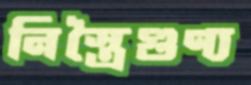
নিস্ত্রৈগুণ্য